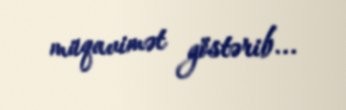
müqavimət göstərib...